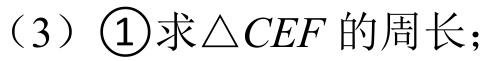
（3）\(\textcircled{1}\)求\(\triangle CEF\)的周长；